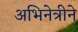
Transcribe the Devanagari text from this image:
अभिनेत्रीने